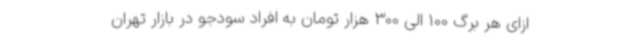
ازای هر برگ 100 الی 300 هزار تومان به افراد سودجو در بازار تهران